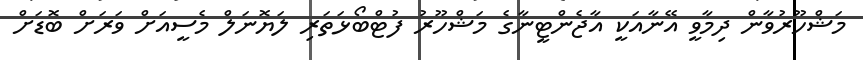
މަޝްހޫރުވާން ދިމާވީ އޭނާއަކީ އާޖެންޓީނާގެ މަޝްހޫރު ފުޓްބޯޅަތަރި ލަޔޮނަލް މެސީއަށް ވަރަށް ބޮޑަށް